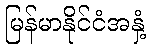
မြန်မာနိုင်ငံအနှံ့